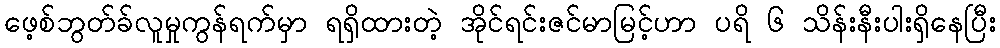
ဖေ့စ်ဘွတ်ခ်လူမှုကွန်ရက်မှာ ရရှိထားတဲ့ အိုင်ရင်းဇင်မာမြင့်ဟာ ပရိ ၆ သိန်းနီးပါးရှိနေပြီး